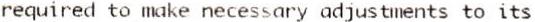
REQUIRED TO MAKE NECESSARY ADJUSTMENTS TO ITS